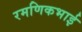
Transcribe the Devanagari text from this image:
रमणिकभाई